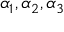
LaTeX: \alpha _ { 1 } , \alpha _ { 2 } , \alpha _ { 3 }